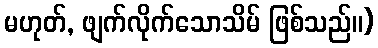
မဟုတ်, ဖျက်လိုက်သောသိမ် ဖြစ်သည်။)